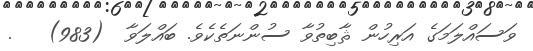
ވަސައްލަމަގެ އަރިހުން ޘާބިތުވާ ސުންނަތެކެވެ. ބައްލަވާ  (983)   .